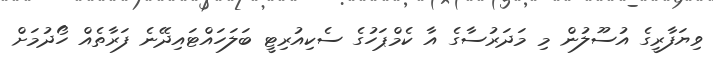
ވިޔަފާރީގެ އުސޫލުން މި މަދަރުސާގެ އާ ކެމްޕަހުގެ ސެކިއުރިޓީ ބަލަހައްޓައިދޭނެ ފަރާތެއް ހޯދުމަށް